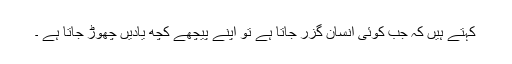
کہتے ہیں کہ جب کوئی انسان گزر جاتا ہے تو اپنے پیچھے کچھ یادیں چھوڑ جاتا ہے ۔